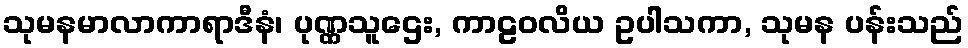
သုမနမာလာကာရာဒီနံ၊ ပုဏ္ဏသူဌေး, ကာဠဝလိယ ဥပါသကာ, သုမန ပန်းသည်